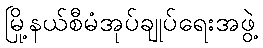
မြို့နယ်စီမံအုပ်ချုပ်ရေးအဖွဲ့